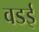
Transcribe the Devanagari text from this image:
वडई